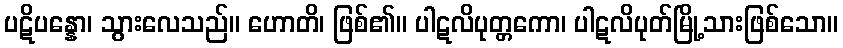
ပဋိပန္နော၊ သွားလေသည်။ ဟောတိ၊ ဖြစ်၏။ ပါဋလိပုတ္တကော၊ ပါဋလိပုတ်မြို့သားဖြစ်သော။